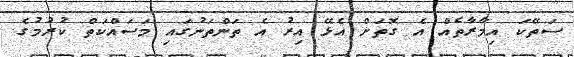
ސަތޭކަ އިމާރާތެއް އެ ގޮތަށް އެޅޭ އިރު އެ ތަންތަނުގައި މަސައްކަތް ކުރުމުގެ